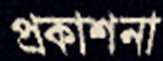
প্রকাশনা